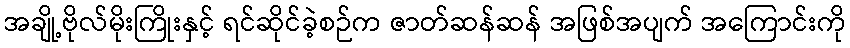
အချို့ဗိုလ်မိုးကြိုးနှင့် ရင်ဆိုင်ခဲ့စဉ်က ဇာတ်ဆန်ဆန် အဖြစ်အပျက် အကြောင်းကို